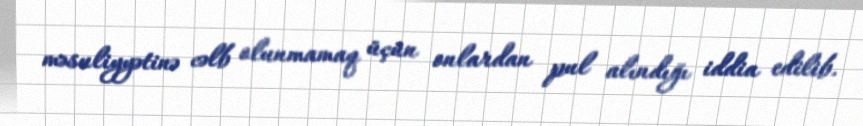
məsuliyyətinə cəlb olunmamaq üçün onlardan pul alındığı iddia edilib.